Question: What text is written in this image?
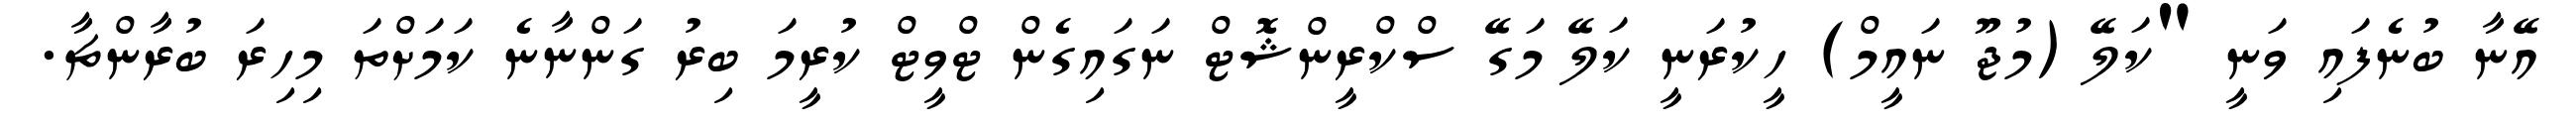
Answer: އޭނާ ބުނެފައި ވަނީ "ކަލޭ (މުޖޫ ނައީމް) ހީކުރަނީ ކަލޭ މަގޭ ސްކްރީންޝޮޓް ނަގައިގެން ޓްވީޓް ކުރީމަ ބިރު ގަންނާނެ ކަމަށްތަ މިހިރަ ބުރާންޗާ.